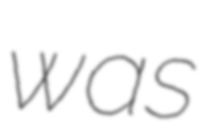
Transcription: was